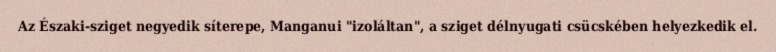
Az Északi-sziget negyedik síterepe, Manganui "izoláltan", a sziget délnyugati csücskében helyezkedik el.